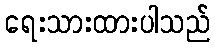
ရေးသားထားပါသည်